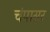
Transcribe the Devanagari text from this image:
चंपासर